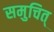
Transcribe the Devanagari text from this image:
समुचित्‌